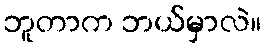
ဘူတာက ဘယ်မှာလဲ။